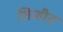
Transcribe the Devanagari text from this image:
तिन्हीत